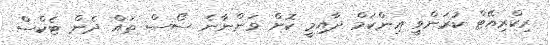
ރިކްރިއޭޓް ކުރަންވީ އިންކަމް ދާއިމީ ކޮށް ވަންނާނެ ސޯސް ތައް ދެން ޓެކްސް